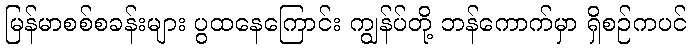
မြန်မာစစ်စခန်းများ ပွထနေကြောင်း ကျွန်ပ်တို့ ဘန်ကောက်မှာ ရှိစဉ်ကပင်